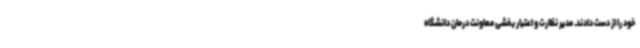
خود را از دست دادند. مدیر نظارت و اعتبار بخشی معاونت درمان دانشگاه